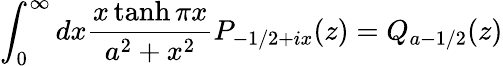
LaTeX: \int_{0}^{\infty}dx\frac{x\operatorname{tanh}\pi x}{a^{2}+x^{2}}P_{-1/2+ix}(z)=Q_{a-1/2}(z)